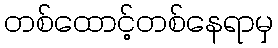
တစ်ထောင့်တစ်နေရာမှ